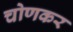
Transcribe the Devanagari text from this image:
चोणकर